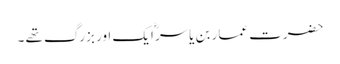
حضرت عمار بن یاسرؓ ایک اور بزرگ تھے ۔